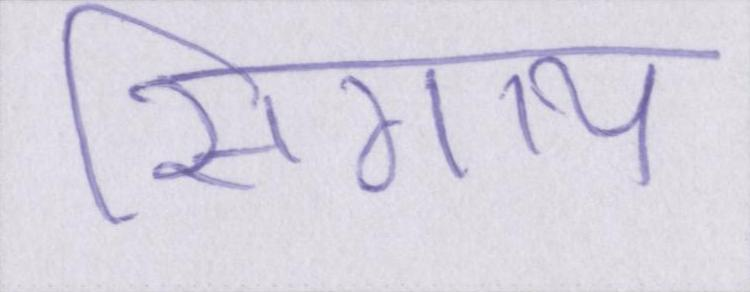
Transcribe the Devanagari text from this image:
सिगाय